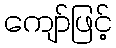
ကျော်ဖြင့်